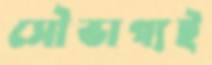
সৌভাগ্যই